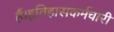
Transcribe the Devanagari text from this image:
हैं।इतिहासकर्मचारी